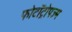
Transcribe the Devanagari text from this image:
फोटॉट्रोपज्म